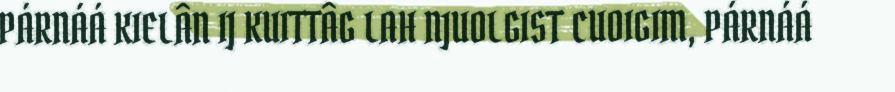
PÁRNÁÁ KIELÂN IJ KUITTÂG LAH NJUOLGIST CUOIGIM, PÁRNÁÁ